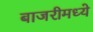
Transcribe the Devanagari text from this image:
बाजरीमध्ये